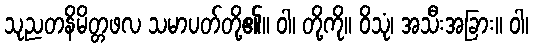
သုညတနိမိတ္တဖလ သမာပတ်တို့၏။ ဝါ၊ တို့ကို။ ဝိသုံ၊ အသီးအခြား။ ဝါ၊